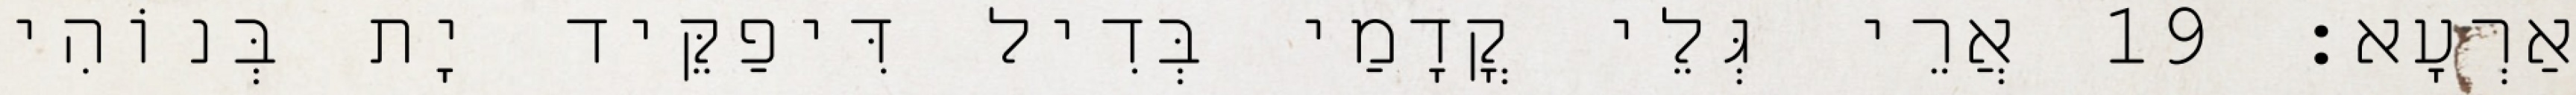
אַרְעָא׃ 19 אֲרֵי גְּלֵי קֳדָמַי בְּדִיל דִּיפַקֵּיד יָת בְּנוֹהִי